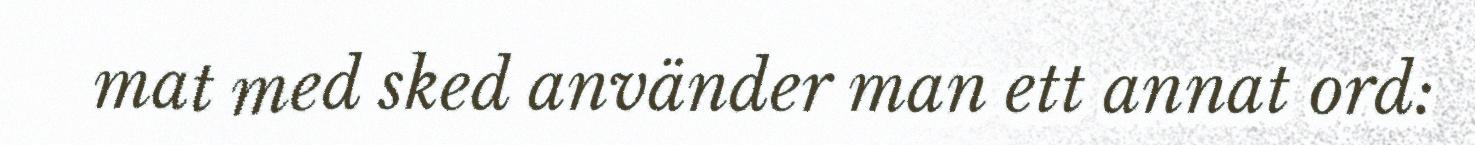
mat med sked använder man ett annat ord: